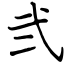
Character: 弐